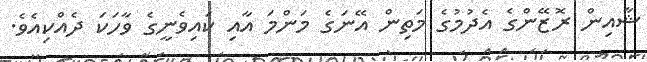
ޝާއިން ރޮޒޭންގެ އެދުމުގެ މަތިން އޭނަގެ މަންމަ އާއި ކައިވެނީގެ ވާހަކަ ދެއްކިއެވެ.